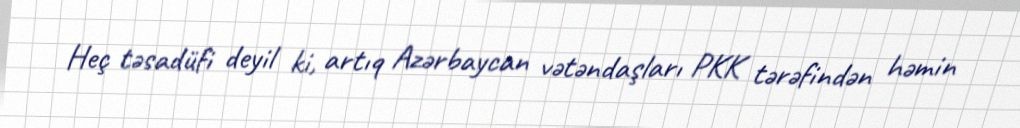
Heç təsadüfi deyil ki, artıq Azərbaycan vətəndaşları PKK tərəfindən həmin